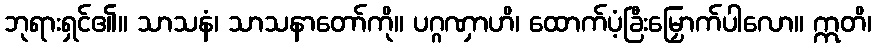
ဘုရားရှင်၏။ သာသနံ၊ သာသနာတော်ကို။ ပဂ္ဂဏှာဟိ၊ ထောက်ပံ့ခြီးမြှောက်ပါလော။ ဣတိ၊